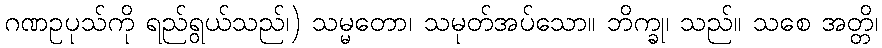
ဂဏဥပုသ်ကို ရည်ရွယ်သည်၊) သမ္မတော၊ သမုတ်အပ်သော။ ဘိက္ခု၊ သည်။ သစေ အတ္တိ၊